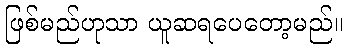
ဖြစ်မည်ဟုသာ ယူဆရပေတော့မည်။